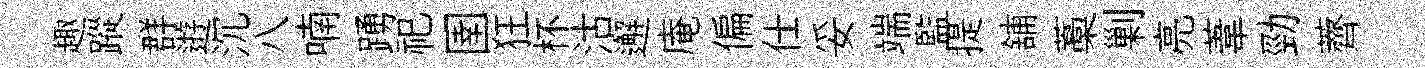
趣蹤群逰沉八喃踴祀圉狂杯沽邂庵偏仕妥端監提舖藁剿亮葦勁薺